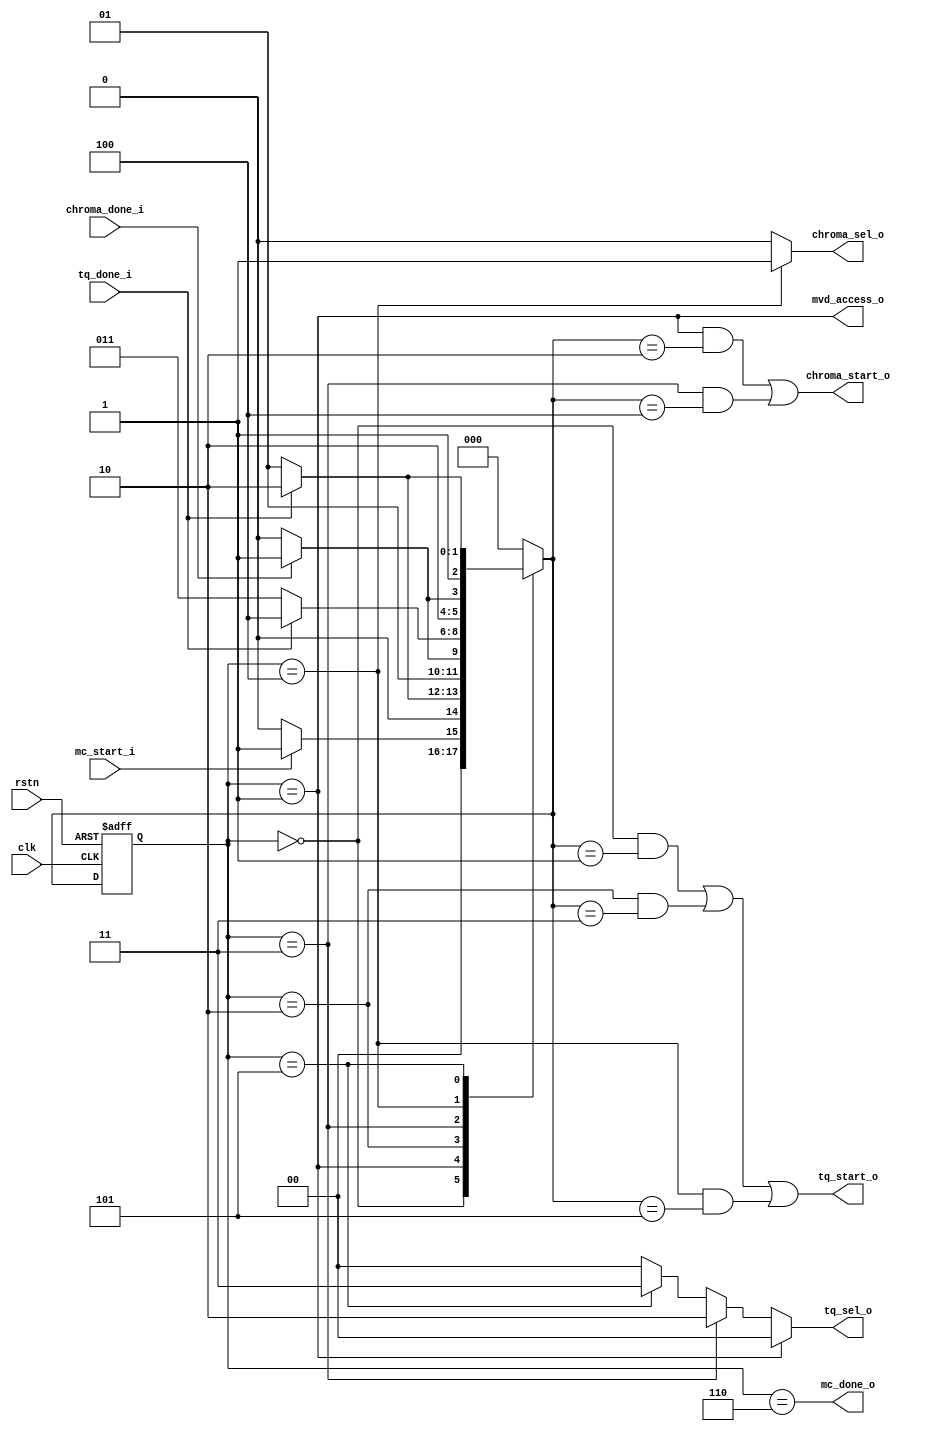
module mc_ctrl (
	clk		,
	rstn		,
	mc_start_i		,
	mc_done_o		,
  mvd_access_o    ,
	chroma_start_o		,
	chroma_sel_o		,
	chroma_done_i		,
	tq_start_o		,
	tq_sel_o		,
	tq_done_i		
);

// ********************************************
//
//    INPUT / OUTPUT DECLARATION
//
// ********************************************

input 	 [1-1:0] 	 clk 	         ; // clk signal 
input 	 [1-1:0] 	 rstn 	         ; // asynchronous reset
input 	 [1-1:0] 	 mc_start_i 	 ; // mc start 
output 	 [1-1:0] 	 mc_done_o 	 ; // mc done 
output             mvd_access_o ;
output 	 [1-1:0] 	 chroma_start_o  ; // chroma interpolation start 
output 	 [1-1:0] 	 chroma_sel_o 	 ; // chroma interpolation select: 0:cb, 1:cr
input 	 [1-1:0] 	 chroma_done_i 	 ; // chroma interpolation done 
output 	 [1-1:0] 	 tq_start_o 	 ; // tq start 
output 	 [2-1:0] 	 tq_sel_o 	 ; // tq sel: 00:luma, 10:cb, 11:cr
input 	 [1-1:0] 	 tq_done_i 	 ; // tq done 

// ********************************************
//
//    PARAMETER DECLARATION
//
// ********************************************

parameter IDLE         = 3'd0;
parameter TQ_LUMA      = 3'd1;
parameter MC_CB        = 3'd2;
parameter TQ_CB        = 3'd3;
parameter MC_CR        = 3'd4;
parameter TQ_CR        = 3'd5;
parameter DONE         = 3'd6;

// ********************************************
//
//    WIRE / REG DECLARATION
//
// ********************************************
reg      [3-1:0]        current_state, next_state;

// ********************************************
//
//    Combinational Logic
//
// ********************************************
always @(*) begin
                next_state = IDLE;
    case(current_state) 
        IDLE : begin
            if ( mc_start_i)
                next_state = TQ_LUMA;
            else
                next_state = IDLE;
        end
        TQ_LUMA: begin
            if ( tq_done_i)
                next_state = MC_CB;
            else
                next_state = TQ_LUMA;
        end
        MC_CB: begin
            if ( chroma_done_i)
                next_state = TQ_CB;
            else
                next_state = MC_CB;
        end
        TQ_CB: begin
            if ( tq_done_i)
                next_state = MC_CR;
            else
                next_state = TQ_CB;
        end
        MC_CR: begin
            if ( chroma_done_i)
                next_state = TQ_CR;
            else
                next_state = MC_CR;
        end
        TQ_CR: begin
            if ( tq_done_i)
                next_state = DONE;
            else
                next_state = TQ_CR;
        end
        DONE: begin
            next_state = IDLE;
        end
    endcase
end


assign 	 mc_done_o 	 = (current_state == DONE); 
assign 	 chroma_start_o  = (current_state == TQ_LUMA && next_state == MC_CB)  ||
                           (current_state == TQ_CB   && next_state == MC_CR)  ; 
assign 	 chroma_sel_o 	 = (current_state == MC_CR) ? 1'b1 : 1'b0; 
assign 	 tq_start_o 	 = (current_state == IDLE    && next_state == TQ_LUMA)||
                           (current_state == MC_CB   && next_state == TQ_CB)  || 
                           (current_state == MC_CR   && next_state == TQ_CR)  ; 
assign 	 tq_sel_o 	 = (current_state == TQ_LUMA) ? 2'b00 :
                           (current_state == TQ_CB  ) ? 2'b10 :
                           (current_state == TQ_CR  ) ? 2'b11 : 2'b00;

assign mvd_access_o = ( current_state == TQ_LUMA );

// ********************************************
//
//    Sequential Logic
//
// ********************************************

always @ (posedge clk or negedge rstn) begin
    if(~rstn) begin
        current_state <= IDLE;
    end
    else begin
        current_state <= next_state;
    end
end


endmodule